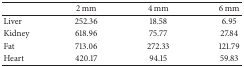
|  | 2 mm | 4 mm | 6 mm |
 | --- | --- | --- | --- |
 | Liver | 252.36 | 18.58 | 6.95 |
 | Kidney | 618.96 | 75.77 | 27.84 |
 | Fat | 713.06 | 272.33 | 121.79 |
 | Heart | 420.17 | 94.15 | 59.83 |